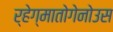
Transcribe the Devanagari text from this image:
र्हेग्मातोगेनोउस